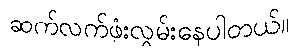
ဆက်လက်ဖုံးလွှမ်းနေပါတယ်။